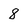
Character: 8